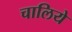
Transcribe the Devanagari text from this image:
चालिये